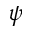
\psi